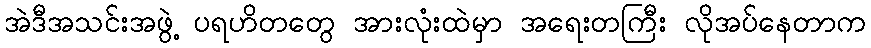
အဲဒီအသင်းအဖွဲ့ ပရဟိတတွေ အားလုံးထဲမှာ အရေးတကြီး လိုအပ်နေတာက